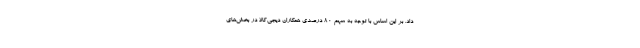
داد. بر این اساس با توجه به سهم 80 درصدی همکاران دیجی‌کالا در بخش‌های